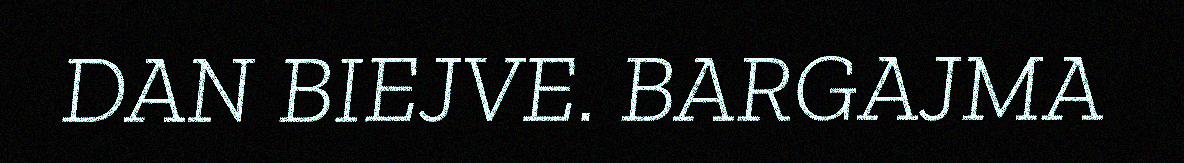
DAN BIEJVE. BARGAJMA